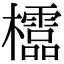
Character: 𣠄